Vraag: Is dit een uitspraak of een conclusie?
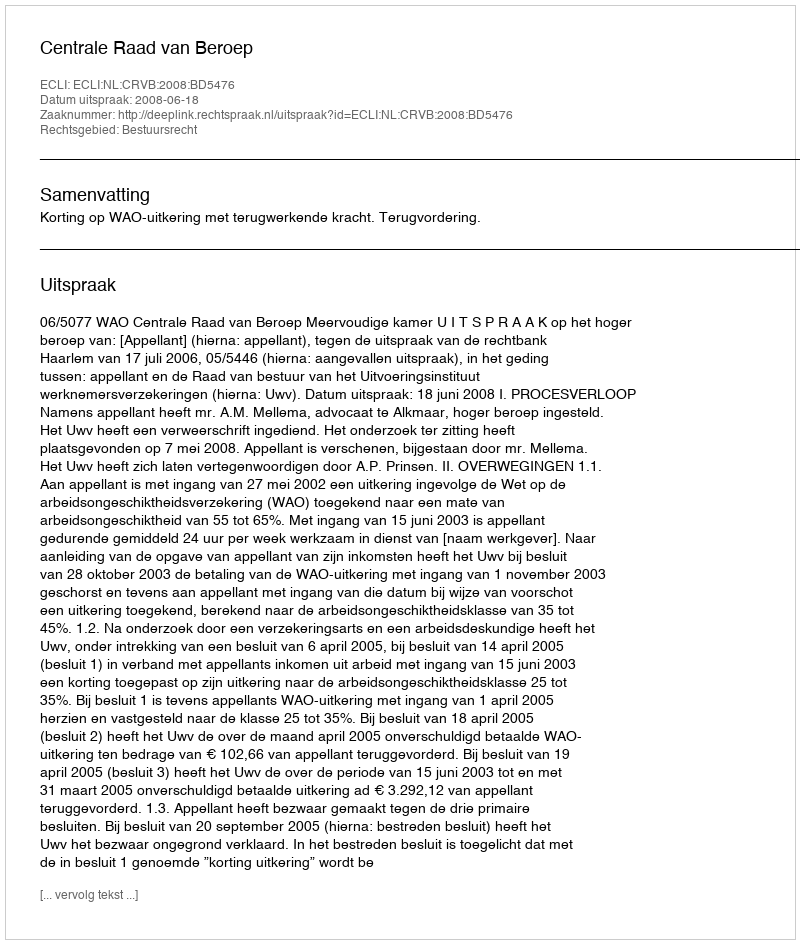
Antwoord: Uitspraak